Report on vaccination in the Province of Bengal - 1874-1889
Year: 1874
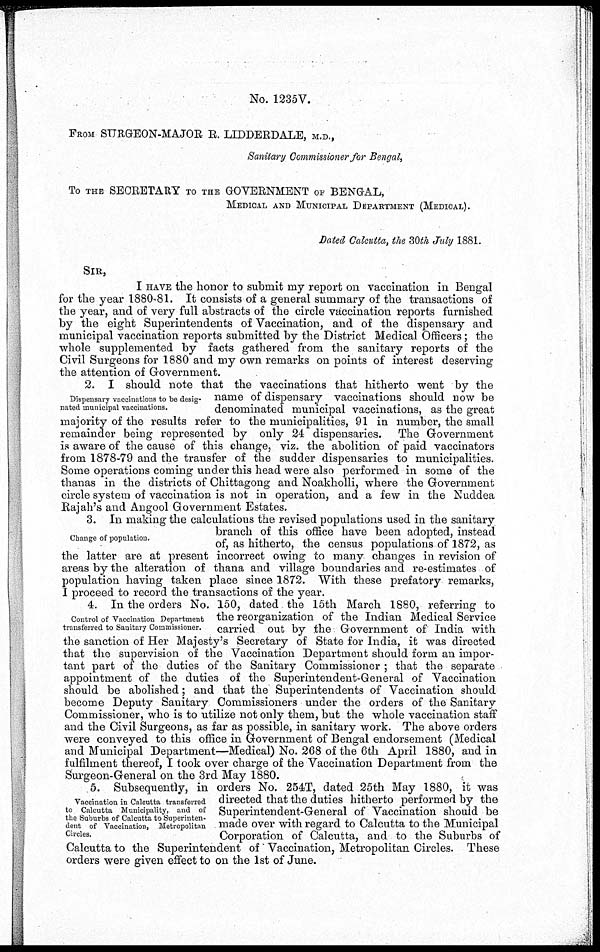
No. 1235V.
FROM SURGEON-MAJOR R. LIDDERDALE, M.D.,
Sanitary Commissioner for Bengal,
To THE SECRETARY TO THE GOVERNMENT OF BENGAL,
MEDICAL AND MUNICIPAL DEPARTMENT (MEDICAL).
Dated Calcutta, the 30th July 1881.
SIR,
I HAVE the honor to submit my report on vaccination in Bengal
for the year 1880-81. It consists of a general summary of the transactions of
the year, and of very full abstracts of the circle vaccination reports furnished
by the eight Superintendents of Vaccination, and of the dispensary and
municipal vaccination reports submitted by the District Medical Officers; the
whole supplemented by facts gathered from the sanitary reports of the
Civil Surgeons for 1880 and my own remarks on points of interest deserving
the attention of Government.
Dispensary vaccinations to be desig-
nated municipal vaccinations.
2. I should note that the vaccinations that hitherto went by the
name of dispensary vaccinations should now be
denominated municipal vaccinations, as the great
majority of the results refer to the municipalities, 91 in number, the small
remainder being represented by only 24 dispensaries. The Government
is aware of the cause of this change, viz. the abolition of paid vaccinators
from 1878-79 and the transfer of the sudder dispensaries to municipalities.
Some operations coming under this head were also performed in some of the
thanas in the districts of Chittagong and Noakholli, where the Government
circle system of vaccination is not in operation, and a few in the Nuddea
Rajah's and Angool Government Estates.
Change of population.
3. In making the calculations the revised populations used in the sanitary
branch of this office have been adopted, instead
of, as hitherto, the census populations of 1872, as
the latter are at present incorrect owing to many changes in revision of
areas by the alteration of thana and village boundaries and re-estimates of
population having taken place since 1872. With these prefatory remarks,
I proceed to record the transactions of the year.
Control of Vaccination Department
transferred to Sanitary Commissioner.
4. In the orders No. 150, dated the 15th March 1880, referring to
the reorganization of the Indian Medical Service
carried out by the Government of India with
the sanction of Her Majesty's Secretary of State for India, it was directed
that the supervision of the Vaccination Department should form an impor-
tant part of the duties of the Sanitary Commissioner ; that the separate
appointment of the duties of the Superintendent-General of Vaccination
should be abolished; and that the Superintendents of Vaccination should
become Deputy Sanitary Commissioners under the orders of the Sanitary
Commissioner, who is to utilize not only them, but the whole vaccination staff
and the Civil Surgeons, as far as possible, in sanitary work. The above orders
were conveyed to this office in Government of Bengal endorsement (Medical
and Municipal Department—Medical) No. 268 of the 6th April 1880, and in
fulfilment thereof, I took over charge of the Vaccination Department from the
Surgeon-General on the 3rd May 1880.
Vaccination in Calcutta transferred
to Calcutta Municipality, and of
the Suburbs of Calcutta to Superinten-
dent of Vaccination, Metropolitan
Circles.
5. Subsequently, in orders No. 254T, dated 25th May 1880, it was
directed that the duties hitherto performed by the
Superintendent-General of Vaccination should be
made over with regard to Calcutta to the Municipal
Corporation of Calcutta, and to the Suburbs of
Calcutta to the Superintendent of Vaccination, Metropolitan Circles. These
orders were given effect to on the 1st of June.